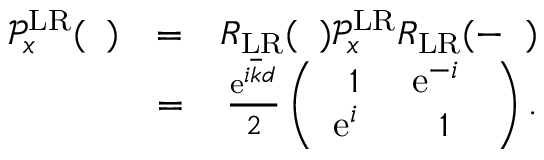
\begin{array} { r l r } { \mathcal { P } _ { x } ^ { \mathrm { L R } } ( { \it \Delta \phi } ) } & { = } & { R _ { \mathrm { L R } } ( { \it \Delta \Psi } ) \mathcal { P } _ { x } ^ { \mathrm { L R } } R _ { \mathrm { L R } } ( - { \it \Delta \Psi } ) } \\ & { = } & { \frac { \mathrm { e } ^ { i \overline { { k } } d } } { 2 } \left( \begin{array} { c c } { 1 } & { \mathrm { e } ^ { - i \it \Delta \phi } } \\ { \mathrm { e } ^ { i \it \Delta \phi } } & { 1 } \end{array} \right) . } \end{array}